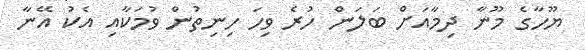
ޔޫހާގެ މޫނާ ދިމާއަށް ބަލަން ހުރެ ވިހަ ހިނިތުން ވުމަކާއި އެކު އޭނާ